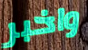
واخبر